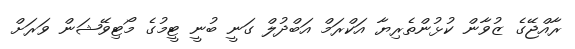
ރާއްޖޭގެ ޒުވާން ކުޅުންތެރިޔާ އަކްރަމް އަބްދުލް ގަނީ ބުނީ ޓީމުގެ މޯޓިވޭޝަން ވަރަށް